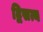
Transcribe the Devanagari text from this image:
द्विसत्य